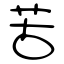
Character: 苦